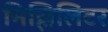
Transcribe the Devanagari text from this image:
मिल्लिलिटर